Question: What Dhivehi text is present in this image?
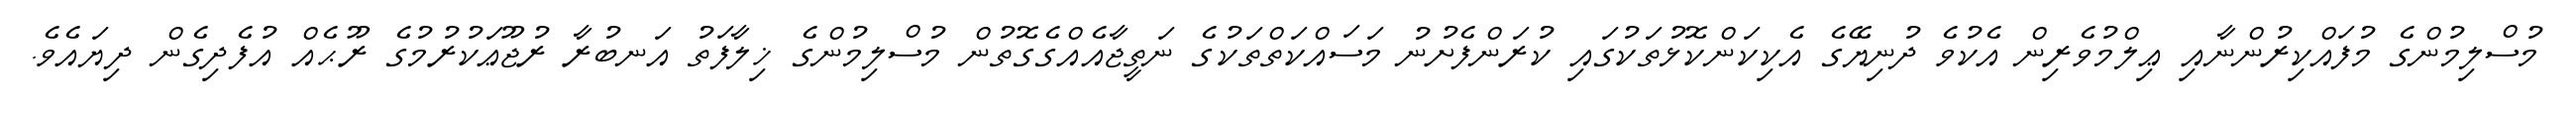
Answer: މުސްލިމުންގެ މުފައްކިރުންނާއި ޢިލްމުވެރިން އެކުވެ ދުނިޔޭގެ އެކިކަންކޮޅުތަކުގައި ކުރަންފެށުނު މަސައްކަތްތަކުގެ ނަތީޖާއެއްގެގޮތުން މުސްލިމުންގެ ޚިލާފަތު އަނބުރާ ރުޖޫޢަކުރުމުގެ ރޫޙެއް އުފެދިގެން ދިޔައެވެ.